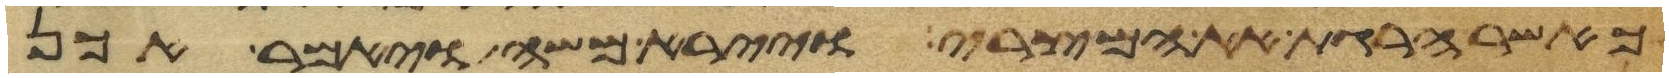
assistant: כאשר הרגת את המצרי ויירא משה ויאמר אכן